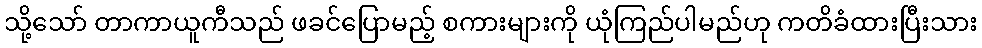
သို့သော် တာကာယူကီသည် ဖခင်ပြောမည့် စကားများကို ယုံကြည်ပါမည်ဟု ကတိခံထားပြီးသား